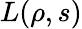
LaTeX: L(\rho,s)